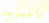
الأخيرين